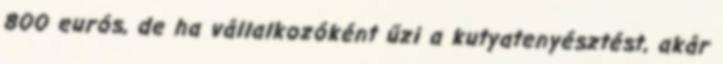
800 eurós, de ha vállalkozóként űzi a kutyatenyésztést, akár